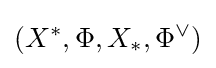
(X^{*},\Phi ,X_{*},\Phi ^{\vee })